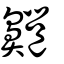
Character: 齆